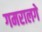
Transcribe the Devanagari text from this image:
गमरालगे